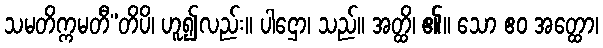
သမတိက္ကမတီ”တိပိ၊ ဟူ၍လည်း။ ပါဌော၊ သည်။ အတ္ထိ၊ ၏။ သော ဧဝ အတ္ထော၊